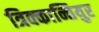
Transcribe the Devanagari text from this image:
त्रिक्कान्तियुर